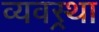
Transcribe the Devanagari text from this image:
व्यवस्र्था